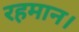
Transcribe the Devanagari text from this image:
रहमान।